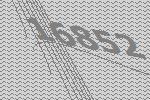
16852